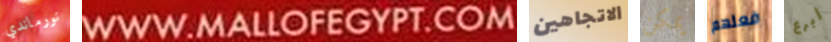
نورماندي WWW.MALLOFEGYPT.COM الاتجاهين يمكن فعلهم أبرع